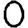
Digit: 0